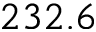
2 3 2 . 6